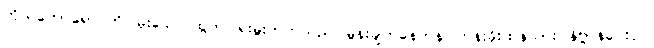
ကိုယ်တော်ရောင်တိ၊ မိုးခေါင်ပထွတ်၊ ရဲးမှူးတက်သည်၊ မွန်းချက်နေဟန်၊ တန်းခိုးထန်သား၊ နိဗ္ဗာန်ပေးပိုင်၊